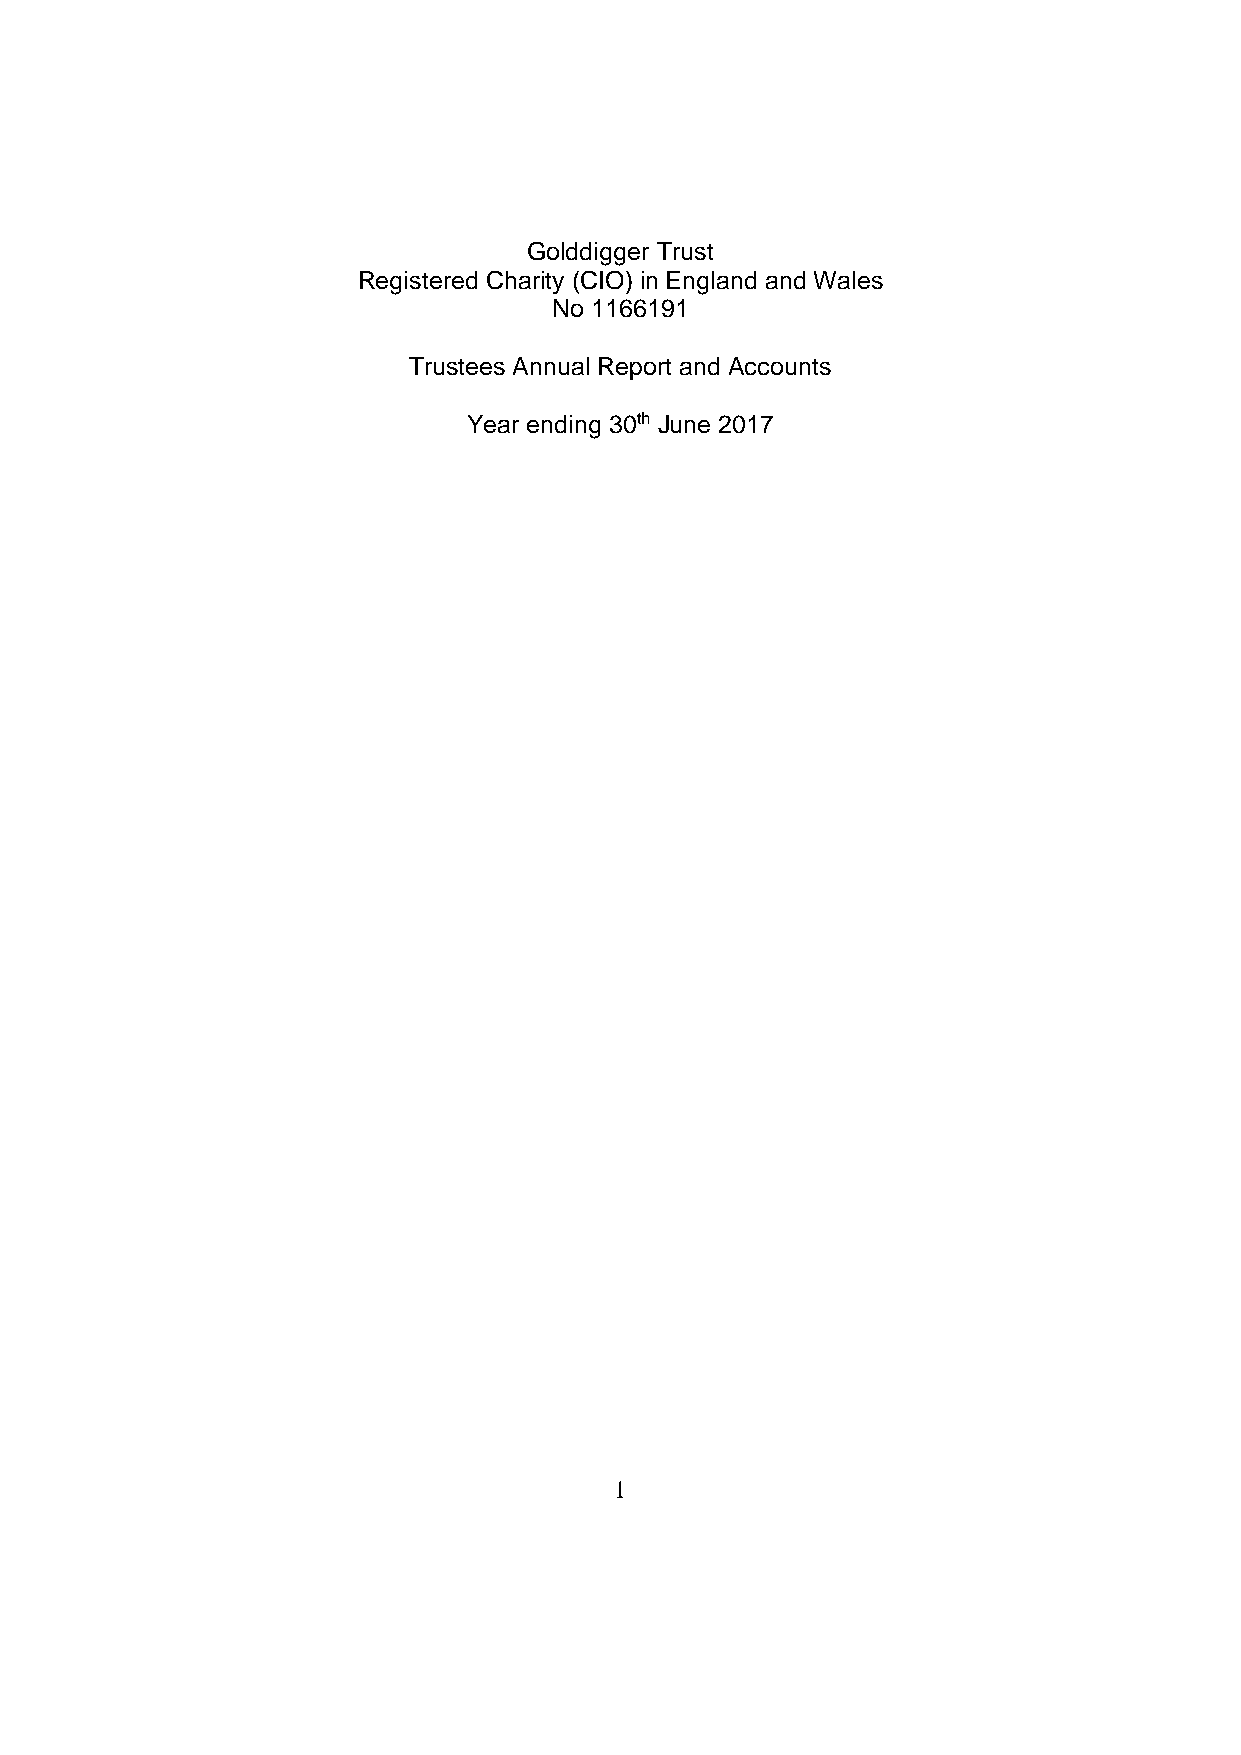
Golddigger Trust
 Registered Charity (CIO) in England and Wales
 No 1166191
 Trustees Annual Report and Accounts
 Year ending 30th June 2017
 1